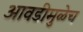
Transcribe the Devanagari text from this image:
आवडीमुळेच